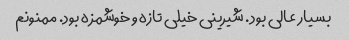
بسیار عالی بود. شیرینی خیلی تازه و خوشمزه بود. ممنونم